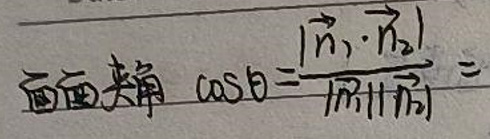
 面面夹角\( \cos\theta = \frac{\vert \overrightarrow{n_1} \cdot \overrightarrow{n_2} \vert}{\vert \overrightarrow{n_1} \vert \vert \overrightarrow{n_2} \vert} =\)